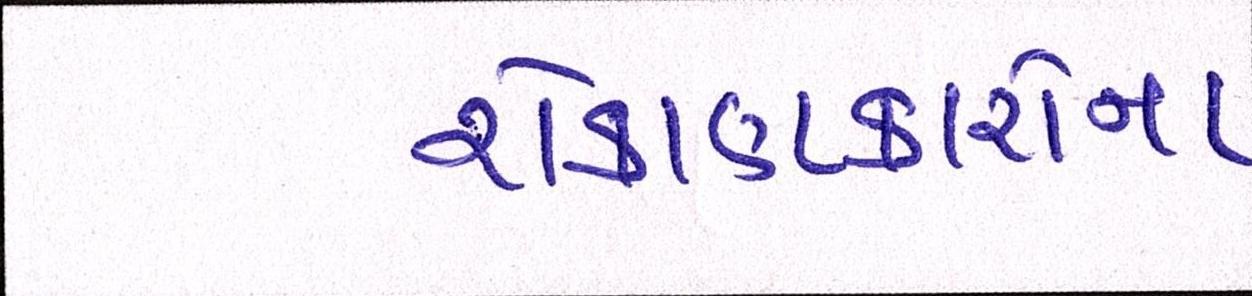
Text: રોકાણકારોના